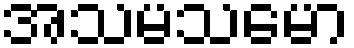
အသမသမော